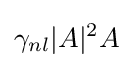
\gamma _{nl}|A|^{2}A